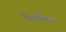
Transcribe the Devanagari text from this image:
टेंभुर्णीच्या